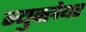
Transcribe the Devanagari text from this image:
न्युक्लेयर